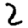
Digit: 2